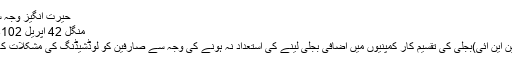
حیرت انگیز وجہ سامنے آگئی
منگل‬‮ 24 اپریل‬‮ 2018 | 22:09
اسلام آباد( این این آئی)بجلی کی تقسیم کار کمپنیوں میں اضافی بجلی لینے کی استعداد نہ ہونے کی وجہ سے صارفین کو لوڈشیڈنگ کی مشکلات کا سامنا ہے ۔